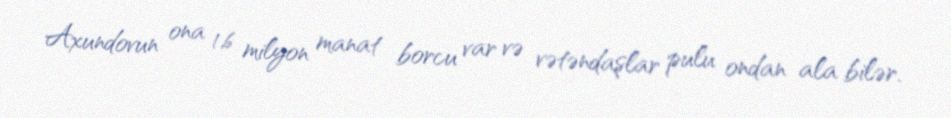
Axundovun ona 1,6 milyon manat borcu var və vətəndaşlar pulu ondan ala bilər.